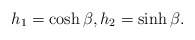
\begin{align*}h_1=\cosh \beta,h_2=\sinh \beta.\end{align*}